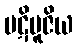
ပဋိပူဇိယ